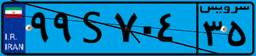
۹۹S۷۰۴۳۵